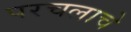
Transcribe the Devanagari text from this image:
परचलाचे